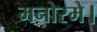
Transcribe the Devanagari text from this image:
मनोरमे।